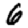
Digit: 6